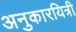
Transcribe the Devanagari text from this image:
अनुकारयित्री